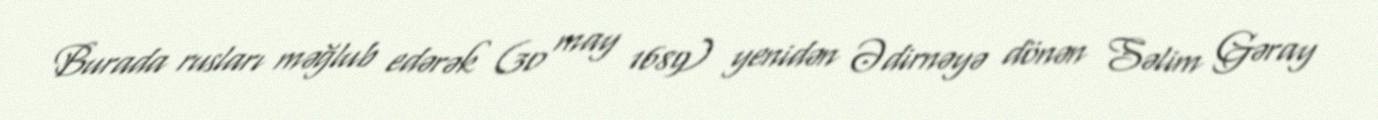
Burada rusları məğlub edərək (30 may 1689) yenidən Ədirnəyə dönən Səlim Gəray